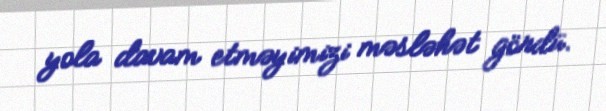
yola davam etməyimizi məsləhət gördü.